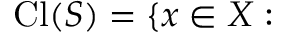
{ \mathrm { C l } } ( S ) = \{ x \in X :